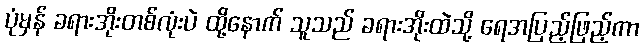
ပုံမှန် ခရားအိုးတစ်လုံးပဲ ထို့နောက် သူသည် ခရားအိုးထဲသို့ ရေအပြည့်ဖြည့်ကာ